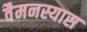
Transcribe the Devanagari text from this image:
वैमनस्यास